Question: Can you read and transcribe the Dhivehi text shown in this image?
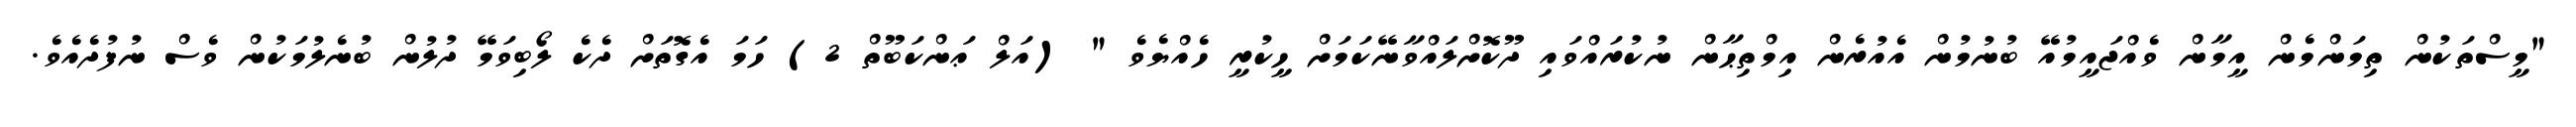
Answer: "މީސްތަކުން ތިމަންމެން އީމާން ވެއްޖައީމުއޭ ބުނުމުން އެއުރެން އިމްތިޙާން ނުކުރައްވައި ދޫކޮށްލައްވާނޭކަމަށް ހީކުރީ ހެއްޔެވެ " (އަލް ޢަންކަބޫތް 2) ހަމަ އެގޮތަށް ދެކެ ލޯބިވަމޭ ދުލުން ބުނެލުމަކުން ވެސް ނުފުދެއެވެ.